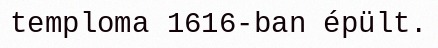
temploma 1616-ban épült.